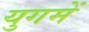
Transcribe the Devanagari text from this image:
युगमें